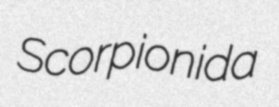
Scorpionida